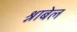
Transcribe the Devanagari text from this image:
श्नाबेल